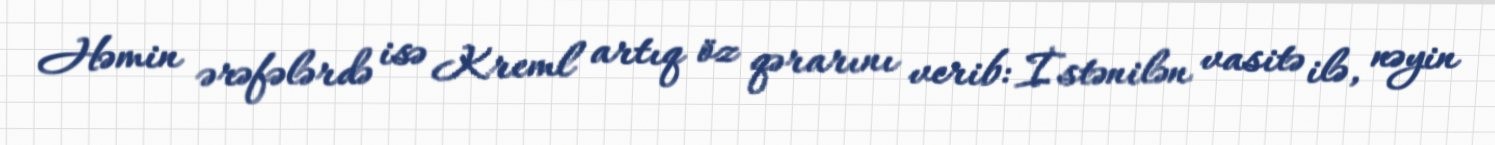
Həmin ərəfələrdə isə Kreml artıq öz qərarını verib: İstənilən vasitə ilə, nəyin